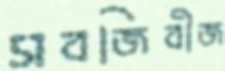
সবজিবীজ